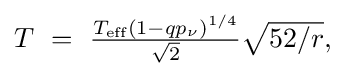
{\textstyle T\ =\ {\frac {T_{\textrm {eff}}(1-qp_{\nu })^{1/4}}{\sqrt {2}}}{\sqrt {52/r}},}